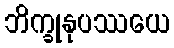
ဘိက္ခုနုပဿယေ